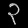
Digit: ၃